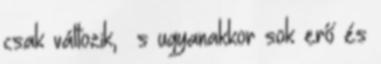
csak változik, s ugyanakkor sok erő és